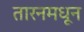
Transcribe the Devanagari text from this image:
तारनमधून